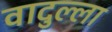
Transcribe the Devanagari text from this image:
वादुल्ला